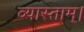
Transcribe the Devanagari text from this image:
व्यास्ताम्।